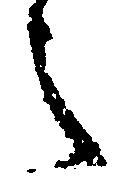
之